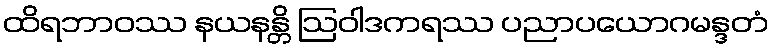
ထိရဘာဝဿ နယနန္တိ ဩဝါဒကရဿ ပညာပယောဂမန္ဒတံ